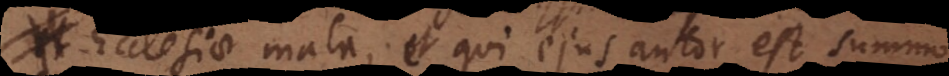
t Ecclesiae mala, et qui ejus autor est summo